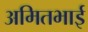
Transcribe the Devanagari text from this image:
अमितभाई